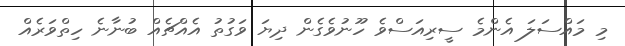
މި މައްސަލަ އެންމެ ސީރިއަސްވެ ހޫނުވެގެން ދިޔަ ވަގުތު އެއްޗެއް ބުނާނެ ހިތްވަރެއް